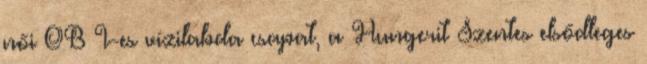
női OB I-es vízilabda csapat, a Hungerit Szentes elsődleges